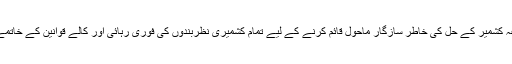
انہوں نے تنازعہ کشمیر کے حل کی خاطر سازگار ماحول قائم کرنے کے لیے تمام کشمیری نظربندوں کی فوری رہائی اور کالے قوانین کے خاتمے کا مطالبہ کیا۔